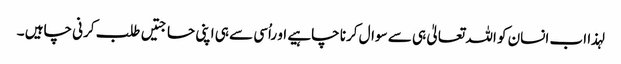
لہذا اب انسان کو اللہ تعالیٰ ہی سے سوال کرنا چاہیے او راُسی سے ہی اپنی حاجتیں طلب کرنی چاہیں ۔